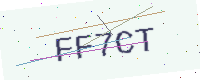
Text: FF7CT